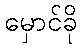
မှောင်ခို